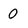
Character: 0